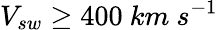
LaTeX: V_{sw}\geq 400~km~s^{-1}